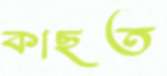
কাছত